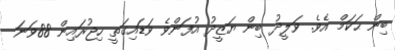
ބިން ޙަކަމް އެވެ. ވަލީދު ބިން ޔަޒީދު އުފަންވެ ވަޑައިގަތީ ހިޖުރައިން 88ވަނަ